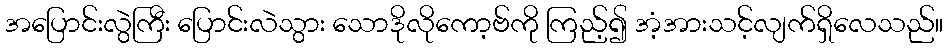
အပြောင်းလွဲကြီး ပြောင်းလဲသွား သောဒိုလိုကော့ဗ်ကို ကြည့်၍ အံ့အားသင့်လျက်ရှိလေသည်။